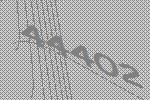
44402